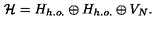
{ \cal H } = H _ { h . o . } \oplus H _ { h . o . } \oplus V _ { N } .